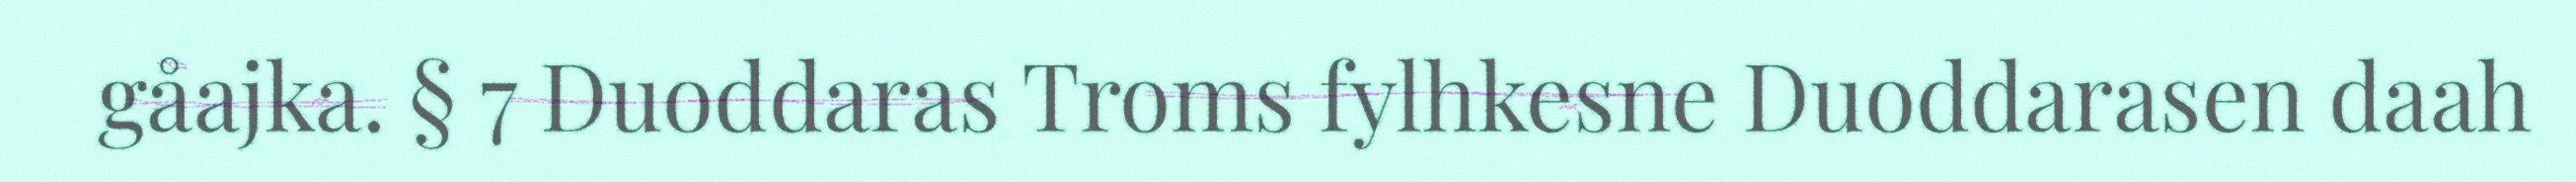
gåajka. § 7 Duoddaras Troms fylhkesne Duoddarasen daah